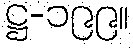
ဋ္ဌ-၁၉၉။